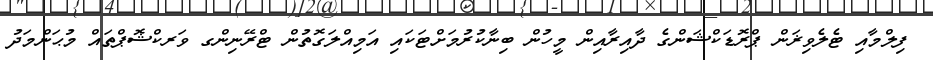
ފިލްމާއި ޓެލެވިޜަން ޕްރޮޑަކްޝަންގެ ދާއިރާއިން މީހުން ބިނާކުރުމަށްޓަކައި އަމިއްލަގޮތުން ޓްރޭނިންގ ވަރކްޝޮޕްތައް މުޙަންމަދު